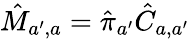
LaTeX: \hat{M}_{a^{\prime},a}=\hat{\pi}_{a^{\prime}}\hat{C}_{a,a^{\prime}}